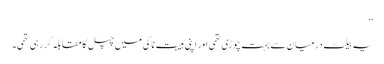
‘‘
یہ بیلٹ درمیان سے بہت چوڑی تھی اور اپنی ہیبت ناکی میں چپل کا مقابلہ کررہی تھی۔